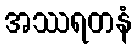
အဿရတနံ